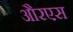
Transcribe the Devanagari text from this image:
औरएस